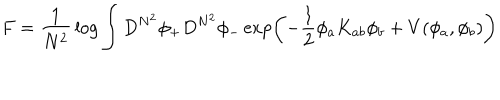
F = { \frac { 1 } { N ^ { 2 } } } \log \int D ^ { N ^ { 2 } } \phi _ { + } D ^ { N ^ { 2 } } \phi _ { - } \exp \left( - { \frac { 1 } { 2 } } \phi _ { a } K _ { a b } \phi _ { b } + V ( \phi _ { a } , \phi _ { b } ) \right)